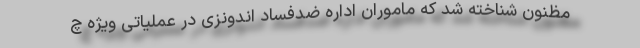
مظنون شناخته شد که ماموران اداره ضدفساد اندونزی در عملیاتی ویژه چ